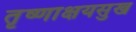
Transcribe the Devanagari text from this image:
तृष्णाक्षयसुख